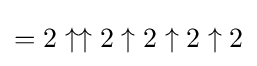
=2\uparrow \uparrow 2\uparrow 2\uparrow 2\uparrow 2